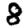
Digit: 8